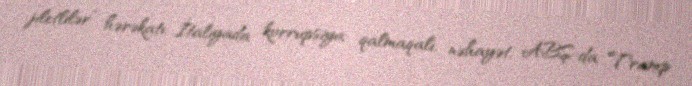
jiletlilər” hərəkatı, İtaliyada korrupsiya qalmaqalı, nəhayət, ABŞ-da Tramp